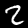
Label: 2